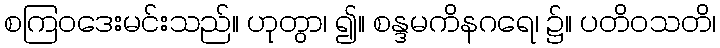
စကြဝဒေးမင်းသည်။ ဟုတွာ၊ ၍။ စန္ဒမကိနဂရေ၊ ၌။ ပတိဝသတိ၊